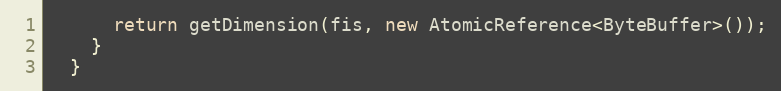
Language: Java
      return getDimension(fis, new AtomicReference<ByteBuffer>());
    }
  }